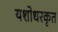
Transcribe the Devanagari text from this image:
यशोधरकृत